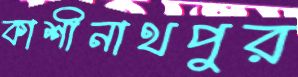
কাশীনাথপুর